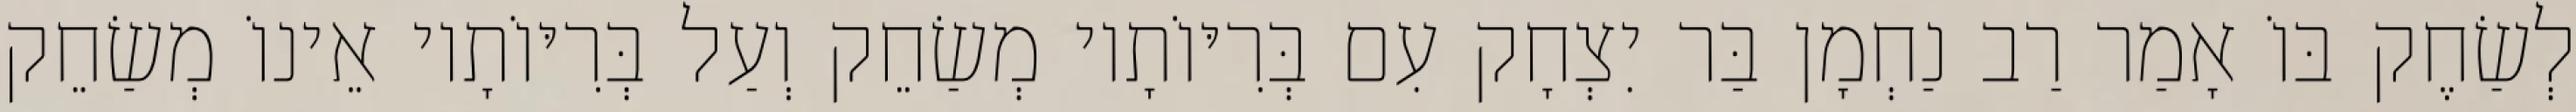
לְשַׂחֶק בּוֹ אָמַר רַב נַחְמָן בַּר יִצְחָק עִם בְּרִיּוֹתָיו מְשַׂחֵק וְעַל בְּרִיּוֹתָיו אֵינוֹ מְשַׂחֵק